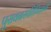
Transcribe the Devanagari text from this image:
पुरावनस्पतिविज्ञानी